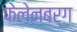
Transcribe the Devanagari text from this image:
फेलेनबर्ग